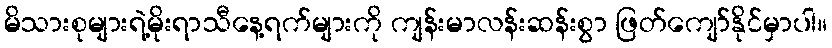
မိသားစုများရဲ့မိုးရာသီနေ့ရက်များကို ကျန်းမာလန်းဆန်းစွာ ဖြတ်ကျော်နိုင်မှာပါ။